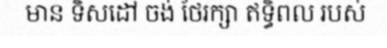
មាន ទិសដៅ ចង់ ថែរក្សា ឥទ្ធិពល របស់